Lunatic asylums United Prov. 1922-30 - 1922-1930
Year: 1922
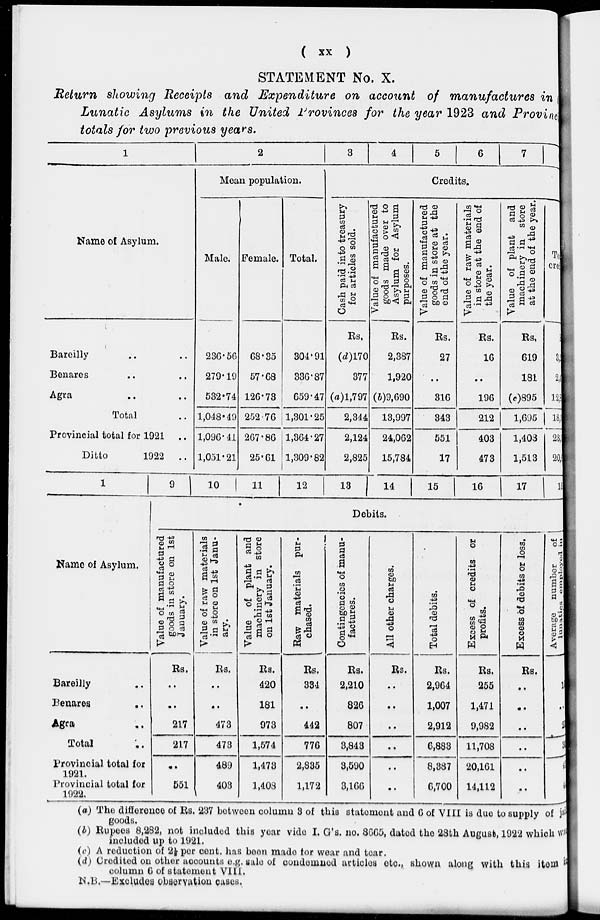
( xx )
STATEMENT No. X.
Return showing Receipts and Expenditure on account of manufactures in
Lunatic Asylums in the United Provinces for the year 1923 and Provincial
totals for two previous years.
1
Name of Asylum.
Bareilly .. ..
Benares .. ..
Agra .. ..
Total ..
Provincial total for 1921 ..
Ditto
1922 ..
1
Name of Asylum.
Bareilly ..
Benares ..
Agra ..
Total ..
provincial total for
1921.
Provincial total for
1922.
9
2
Mean population.
Male.
236.56
279.19
532.74
1,048.49
1,096.41
1,051.21
10
Female.
68.35
57.68
126.73
252.76
267.86
25.61
11
Total.
304.91
336.87
659.47
1,301.25
1,364.27
1,309.82
12
3
4
5
6
7
Credits.
Cash paid into treasury
for articles sold.
Rs.
(d)170
377
(a)1,797
2,344
2,124
2,825
13
Value of manufactured
goods made over to
Asylum for Asylum
purposes.
Rs.
2,387
1,920
(b)9,690
13,997
24,062
15,784
14
Value of manufactured
goods in store at the
end of the year.
Rs.
27
..
316
343
551
17
15
Value of raw materials
in store at the end of
the year.
Rs.
16
..
196
212
403
473
16
Value of plant and
machinery in store
at the end of the year.
Rs.
619
181
(c)895
1,695
1,408
1,513
17
Total
credits.
3,
2,
12,8
18,5
23,5
20,8
18
Debits.
Value of manufactured
goods in store on 1st
January.
Rs.
..
..
217
217
..
551
Value of raw materials
in store on 1st Janu-
ary.
Rs.
..
..
473
473
489
403
Value of plant and
machinery in store
on 1st January.
Rs.
420
181
973
1,574
1,473
1,408
Raw materials pur-
chased.
Rs.
334
..
442
776
2,835
1,172
Contingencies of manu-
factures.
Rs.
2,210
826
807
3,843
3,590
3,166
All other charges.
Rs.
..
..
..
..
..
..
Total debits.
Rs.
2,964
1,007
2,912
6,883
8,387
6,700
Excess of credits or
profits.
Rs.
255
1,471
9,982
11,708
20,161
14,112
Excess of debits or loss.
Rs.
..
..
..
..
..
..
Average
number
of
lunatics
employed
in
11
..
2
3
4
4
(a) The difference of Rs. 237 between column 3 of this statement and 6 of VIII is due to supply of jail
goods.
(b) Rupees 8,282, not included this year vide I. G's. no. 8665, dated the 28th August, 1922 which was
included up to 1921.
(c) A reduction of 2½ per cent. has been made for wear and tear.
(d) Credited on other accounts e.g. sale of condemned articles etc., shown along with this item in
column 6 of statement VIII.
N.B.—Excludes observation cases.